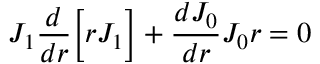
J _ { 1 } \frac { d } { d r } \bigg [ r J _ { 1 } \bigg ] + \frac { d J _ { 0 } } { d r } J _ { 0 } r = 0